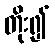
တိုး၍